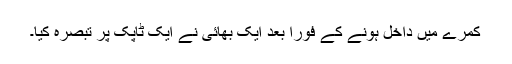
کمرے میں داخل ہونے کے فورا بعدً ایک بھائی نے ایک ٹاپک پر تبصرہ کیا۔